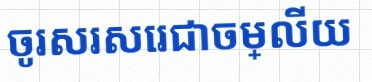
ចូរសរសេរជាចម្លើយ